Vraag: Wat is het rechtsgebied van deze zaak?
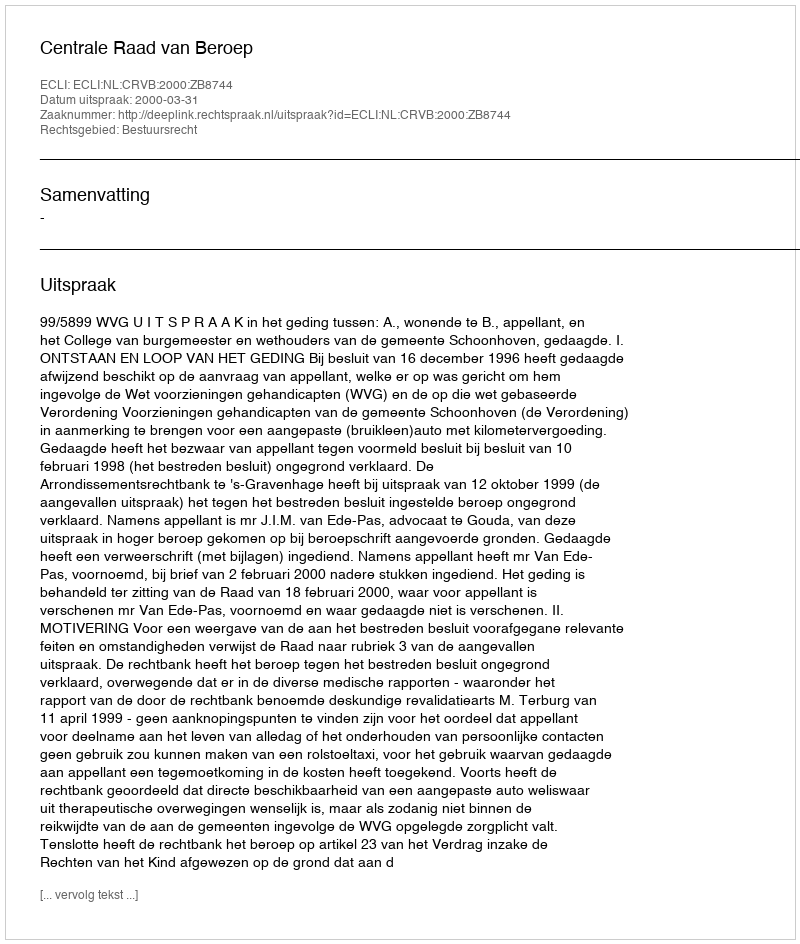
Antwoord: Bestuursrecht